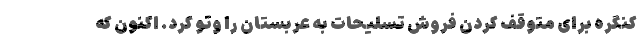
کنگره برای متوقف کردن فروش تسلیحات به عربستان را وتو کرد. اکنون که